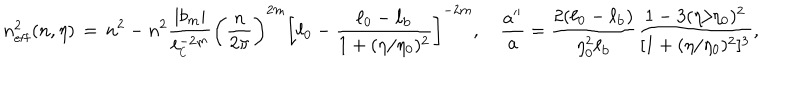
n _ { \mathrm { e f f } } ^ { 2 } ( n , \eta ) \, = \, n ^ { 2 } - n ^ { 2 } \frac { \vert b _ { m } \vert } { \ell _ { _ \mathrm { C } } ^ { - 2 m } } \biggl ( \frac { n } { 2 \pi } \biggr ) ^ { 2 m } \biggl [ \ell _ { 0 } - \frac { \ell _ { 0 } - \ell _ { \mathrm { b } } } { 1 + ( \eta / \eta _ { 0 } ) ^ { 2 } } \biggr ] ^ { - 2 m } , \quad \frac { a ^ { \prime \prime } } { a } = \frac { 2 ( \ell _ { 0 } - \ell _ { \mathrm { b } } ) } { \eta _ { 0 } ^ { 2 } \ell _ { \mathrm { b } } } \frac { 1 - 3 ( \eta / \eta _ { 0 } ) ^ { 2 } } { [ 1 + ( \eta / \eta _ { 0 } ) ^ { 2 } ] ^ { 3 } } ,